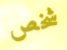
شخص